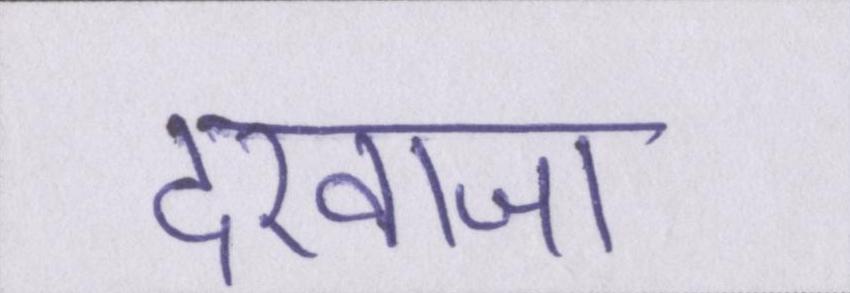
दरवाजा